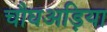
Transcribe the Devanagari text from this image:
चौघअड़िया